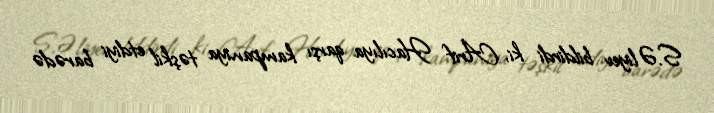
S.Əliyev bildirdi ki, Arif Hacılıya qarşı kampaniya təşkil etdiyi barədə